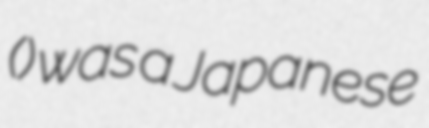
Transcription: (門部石足) was a Japanese